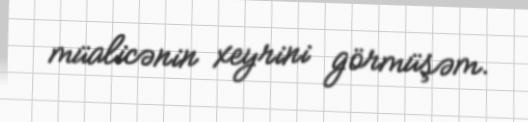
müalicənin xeyrini görmüşəm.